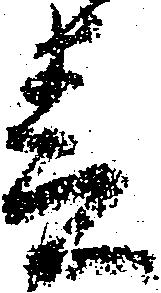
春